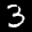
Digit: 3